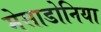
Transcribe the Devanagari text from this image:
मेसाडोनिया